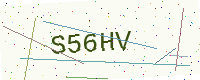
Text: S56HV